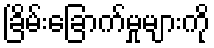
ခြိမ်းခြောက်မှုများကို